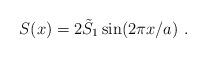
LaTeX: \begin{align*}S(x)=2 \tilde{S}_1 \sin(2 \pi x/a) \ .\end{align*}